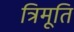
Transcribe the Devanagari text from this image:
त्रिमूति